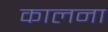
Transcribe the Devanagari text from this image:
कालना